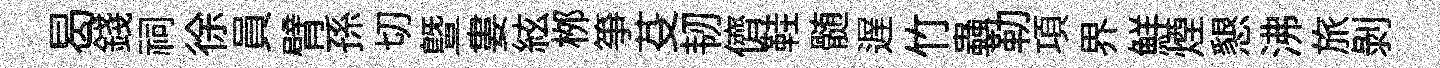
曷錢祠徐員臂孫切暨婁絃桞筝芟韧儕鞋髄遅竹蟲勒項界鮮煙懇沸旅剥